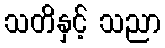
သတိနှင့် သညာ